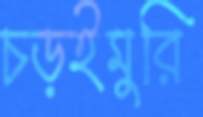
চড়ইমুরি